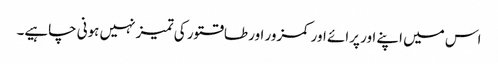
اس میں اپنے اور پرائے اور کمزور اور طاقتور کی تمیز نہیں ہونی چاہیے۔